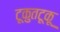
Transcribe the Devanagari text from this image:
टूकुतटूकू